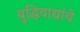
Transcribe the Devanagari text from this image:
बुद्धिवाद्यांचे